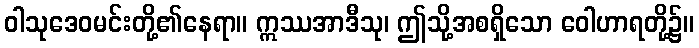
ဝါသုဒေဝမင်းတို့၏နေရာ။ ဣဿအာဒီသု၊ ဤသို့အစရှိသော ဝေါဟာရတို့၌။